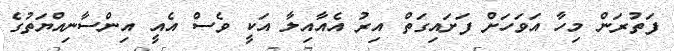
ފަތުރަން މިހާ އަވަހަށް ފަށައިގަތް އިރު އެއާއިލާ އަކީ ވެސް އެއީ އިންސާނިއްޔަތުގެ